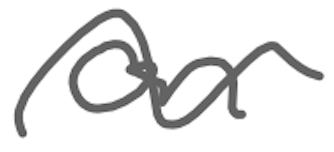
Text: on
Cross-out: wave
Writing tool: digital_gray